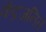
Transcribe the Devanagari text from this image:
केंद्रजनित